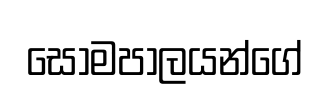
සෝමපාලයන්ගේ